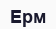
Ерм